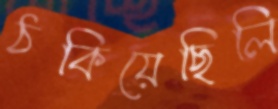
ঠকিয়েছিলি